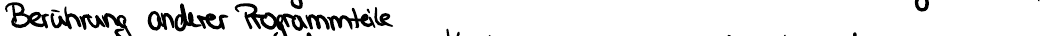
Berührung anderer Programmteile